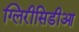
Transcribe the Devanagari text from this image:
ग्लिरीसिडीआ